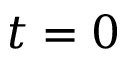
t = 0